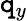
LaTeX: \mathtt{q}_{y}